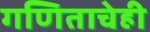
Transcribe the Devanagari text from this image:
गणिताचेही